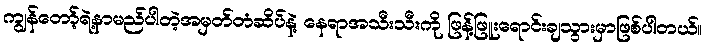
ကျွန်တော့်ရဲ့နာမည်ပါတဲ့အမှတ်တံဆိပ်နဲ့ နေရာအသီးသီးကို ဖြန့်ဖြူးရောင်းချသွားမှာဖြစ်ပါတယ်။